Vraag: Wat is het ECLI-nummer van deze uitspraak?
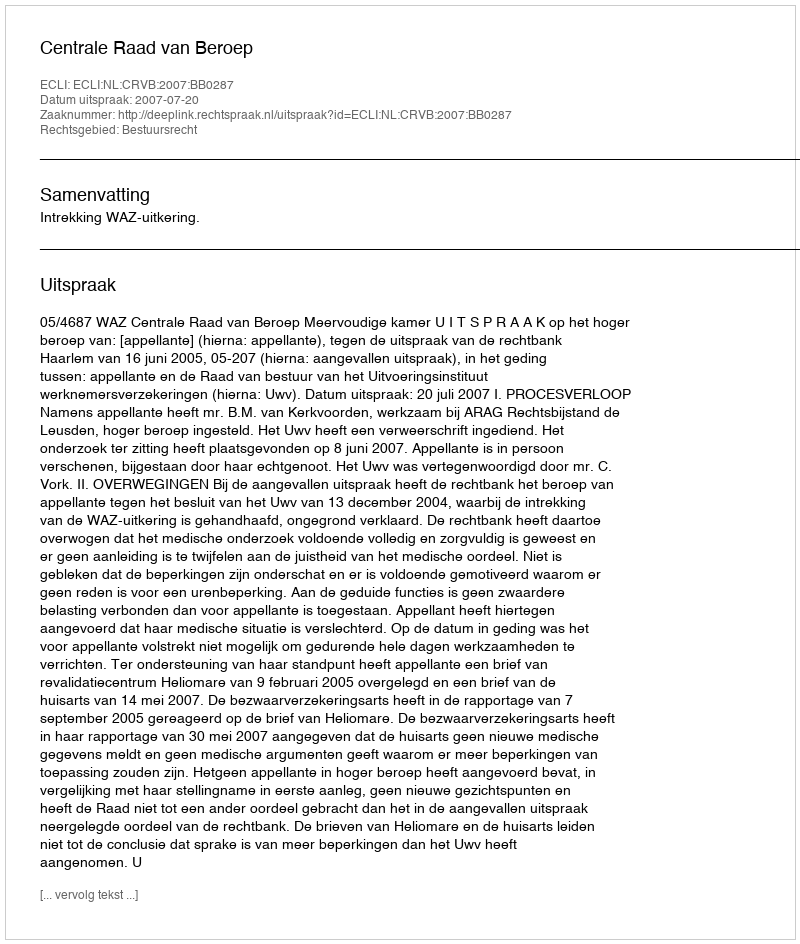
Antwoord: ECLI:NL:CRVB:2007:BB0287